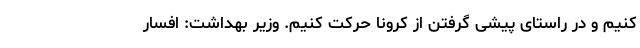
کنیم و در راستای پیشی گرفتن از کرونا حرکت کنیم. وزیر بهداشت: افسار